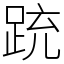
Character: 䟲